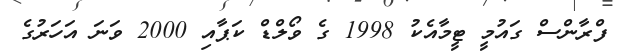
ފްރާންސް ގައުމީ ޓީމާއެކު 1998 ގެ ވޯލްޑް ކަޕާއި 2000 ވަނަ އަހަރުގެ